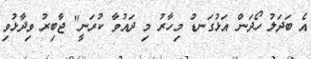
އެ ބަދަލު ހޯދަން އަޅުގަނޑު މިހާރު މި ދައުވާ ކުރަނީ" ޖާބިރު ވިދާޅުވި